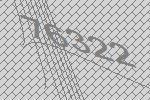
76322